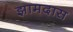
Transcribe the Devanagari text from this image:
झामदास